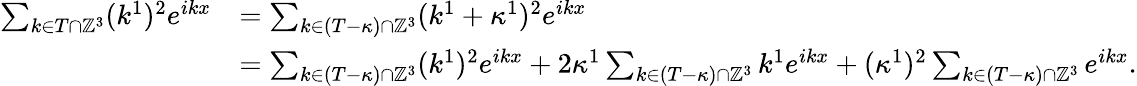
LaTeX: \begin{array}{rl}{\sum_{k\in T\cap\mathbb{Z}^{3}}(k^{1})^{2}e^{ikx}}&{=\sum_{k\in(T-\kappa)\cap\mathbb{Z}^{3}}(k^{1}+\kappa^{1})^{2}e^{ikx}}\\ &{=\sum_{k\in(T-\kappa)\cap\mathbb{Z}^{3}}(k^{1})^{2}e^{ikx}+2\kappa^{1}\sum_{k\in(T-\kappa)\cap\mathbb{Z}^{3}}k^{1}e^{ikx}+(\kappa^{1})^{2}\sum_{k\in(T-\kappa)\cap\mathbb{Z}^{3}}e^{ikx}.}\end{array}